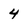
Character: 4